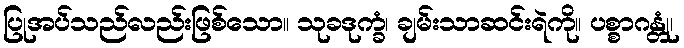
ပြုအပ်သည်လည်းဖြစ်သော။ သုခဒုက္ခံ၊ ချမ်းသာဆင်းရဲကို။ ပစ္စာဂန္တုံ၊